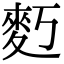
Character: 𪋽